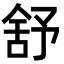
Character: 舒